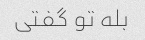
بله تو گفتی